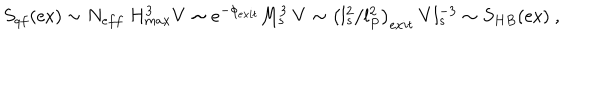
LaTeX: S _ { q f } ( \mathrm { e x } ) \sim N _ { e f f } ~ H _ { m a x } ^ { 3 } V \sim e ^ { - \phi _ { e x i t } } M _ { s } ^ { 3 } ~ V \sim \left( l _ { s } ^ { 2 } / l _ { P } ^ { 2 } \right) _ { e x i t } ~ V l _ { s } ^ { - 3 } \sim S _ { H B } ( \mathrm { e x } ) ~ ,